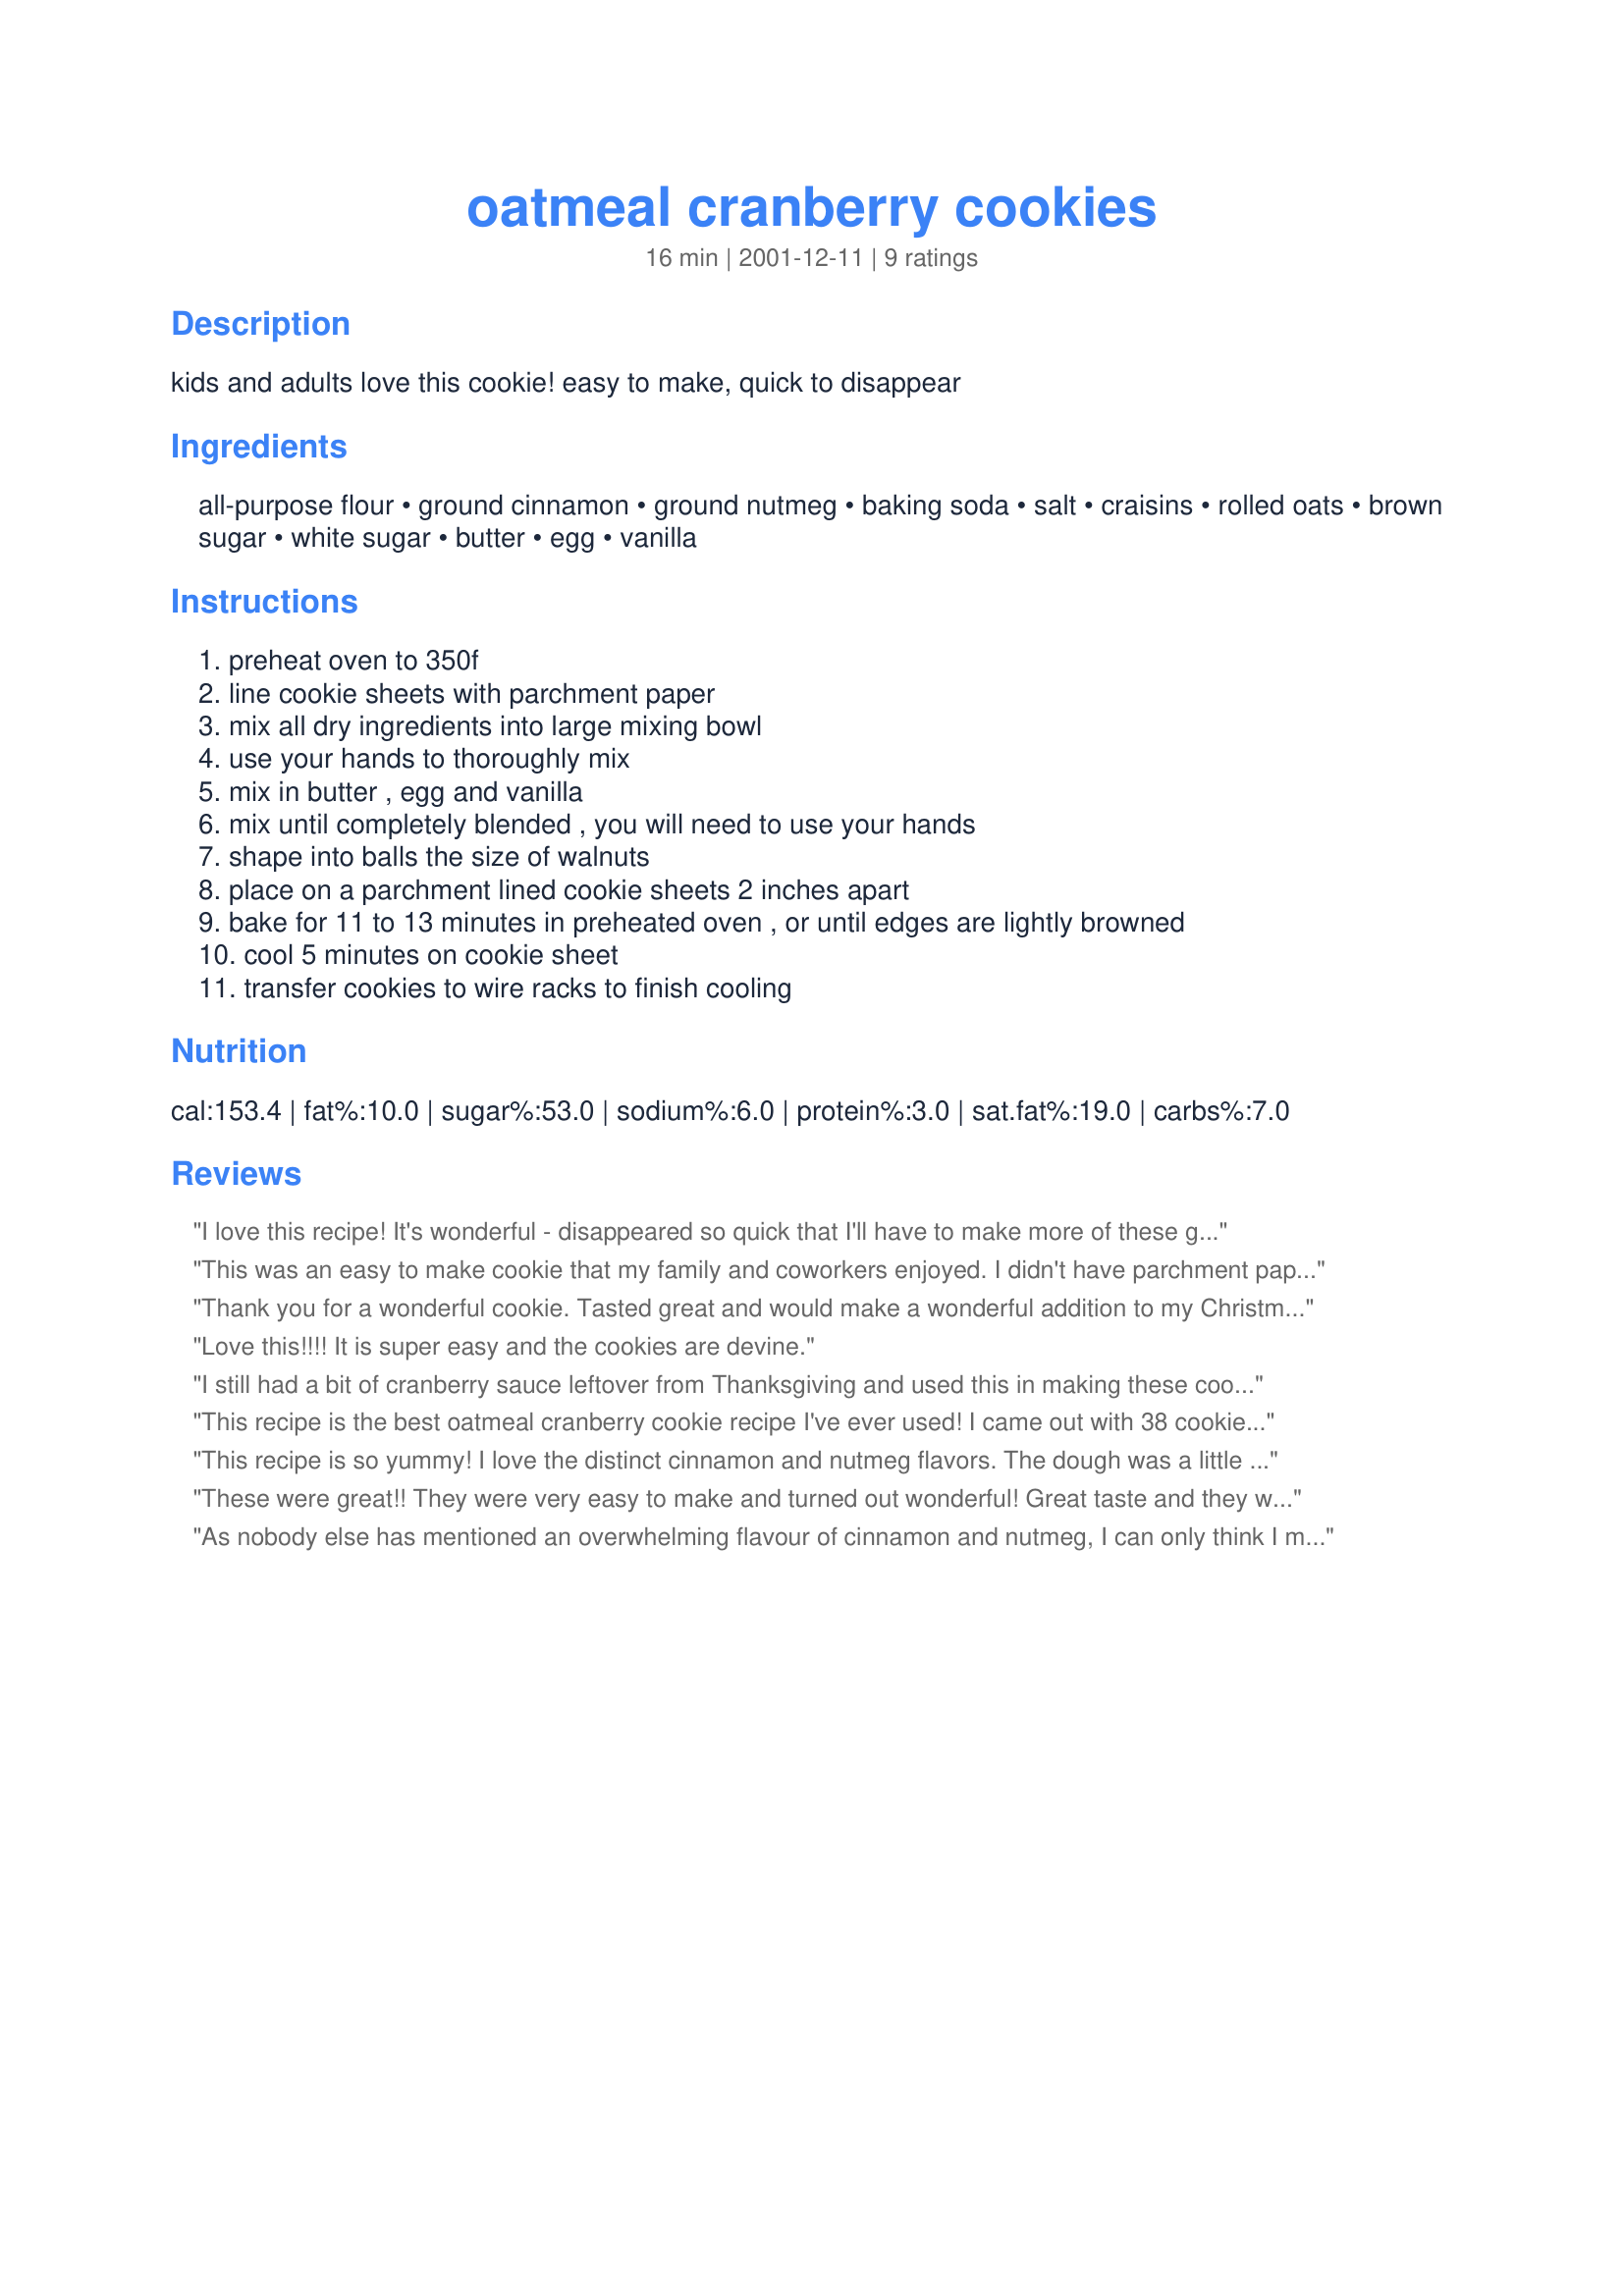
oatmeal cranberry cookies
Preparation time: 16 minutes

kids and adults love this cookie! easy to make, quick to disappear

Ingredients:
all-purpose flour, ground cinnamon, ground nutmeg, baking soda, salt, craisins, rolled oats, brown sugar, white sugar, butter, egg, vanilla

Steps:
preheat oven to 350f, line cookie sheets with parchment paper, mix all dry ingredients into large mixing bowl, use your hands to thoroughly mix, mix in butter , egg and vanilla, mix until completely blended , you will need to use your hands, shape into balls the size of walnuts, place on a parchment lined cookie sheets 2 inches apart, bake for 11 to 13 minutes in preheated oven , or until edges are lightly browned, cool 5 minutes on cookie sheet, transfer cookies to wire racks to finish cooling

Reviews:
I love this recipe! It's wonderful - disappeared so quick that I'll have to make more of these goodies for the holidays.
This was an easy to make cookie that my family and coworkers enjoyed. I didn't have parchment paper, so I used wax paper that I sprayed with PAM, and that seemed to work just fine.
Thank you for a wonderful cookie. Tasted great and would make a wonderful addition to my Christmas Cookie Tins. I did have troubles when using the parchment, the cookies really stuck to the paper, so I just put them right on the cookie pan and they were fine. A keeper thanks Cookieswap.
Love this!!!! It is super easy and the cookies are devine.
I still had a bit of cranberry sauce leftover from Thanksgiving and used this in making these cookies, surprise! they turned out very well. I used the traditional way of mixing the dough, butter and sugars first, the dry ingredients last. My stand mixer did a wonderful job (isn't that what they're for? :)I also used parchment paper and they came off just fine. As the recipe states, wait 5 minutes or so. A tender cookie, enjoyed by all. Thanks!
This recipe is the best oatmeal cranberry cookie recipe I've ever used! I came out with 38 cookies, but I guess that's just the way I dropped them. Love how they're so soft and chewy! I'll be baking them for airmen in Okinawa this holiday season.
This recipe is so yummy! I love the distinct cinnamon and nutmeg flavors. The dough was a little difficult to roll because it gets crumbly but you just have to pack well in your hands. I will surely make this again. Thanks for sharing this great recipe!
These were great!! They were very easy to make and turned out wonderful! Great taste and they were soft too..thanks for another addition to my Christmas cookies!
As nobody else has mentioned an overwhelming flavour of cinnamon and nutmeg, I can only think I must have been too heavy-handed with these. For this reason I won't post a rating, just general info that might be helpful to someone. My cooking time was a few minutes longer, and I ended up with 26 cookies. The cookies were very soft and some broke when removing them from the baking sheet even with waiting five minutes, so I recommend removing them very carefully. I'll try making them again some time using less spice, and will post a rating. :)
